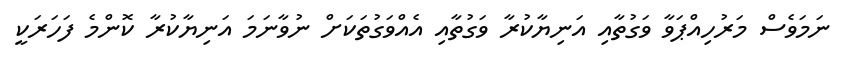
ނަމަވެސް މަރުހިއްޕަވާ ވަގުތާއި އަނިޔާކުރާ ވަގުތާއި އެއްވަގުތަކަށް ނުވާނަމަ އަނިޔާކުރާ ކޮންމެ ފަހަރަކީ